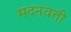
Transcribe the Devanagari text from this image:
मदनवती